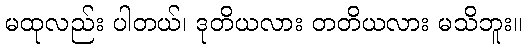
မထုလည်း ပါတယ်၊ ဒုတိယလား တတိယလား မသိဘူး။